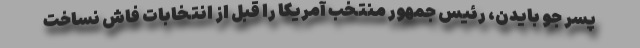
پسر جو بایدن، رئیس جمهور منتخب آمریکا را قبل از انتخابات فاش نساخت